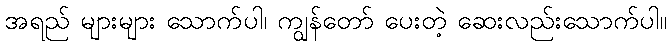
အရည် များများ သောက်ပါ၊ ကျွန်တော် ပေးတဲ့ ဆေးလည်းသောက်ပါ။